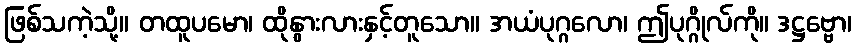
ဖြစ်သကဲ့သို့။ တထူပမော၊ ထိုနွားလားနှင့်တူသော။ အယံပုဂ္ဂလော၊ ဤပုဂ္ဂိုလ်ကို။ ဒဋ္ဌဗ္ဗော၊